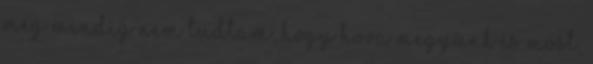
még mindig nem tudtam, hogy hova megyünk és most,